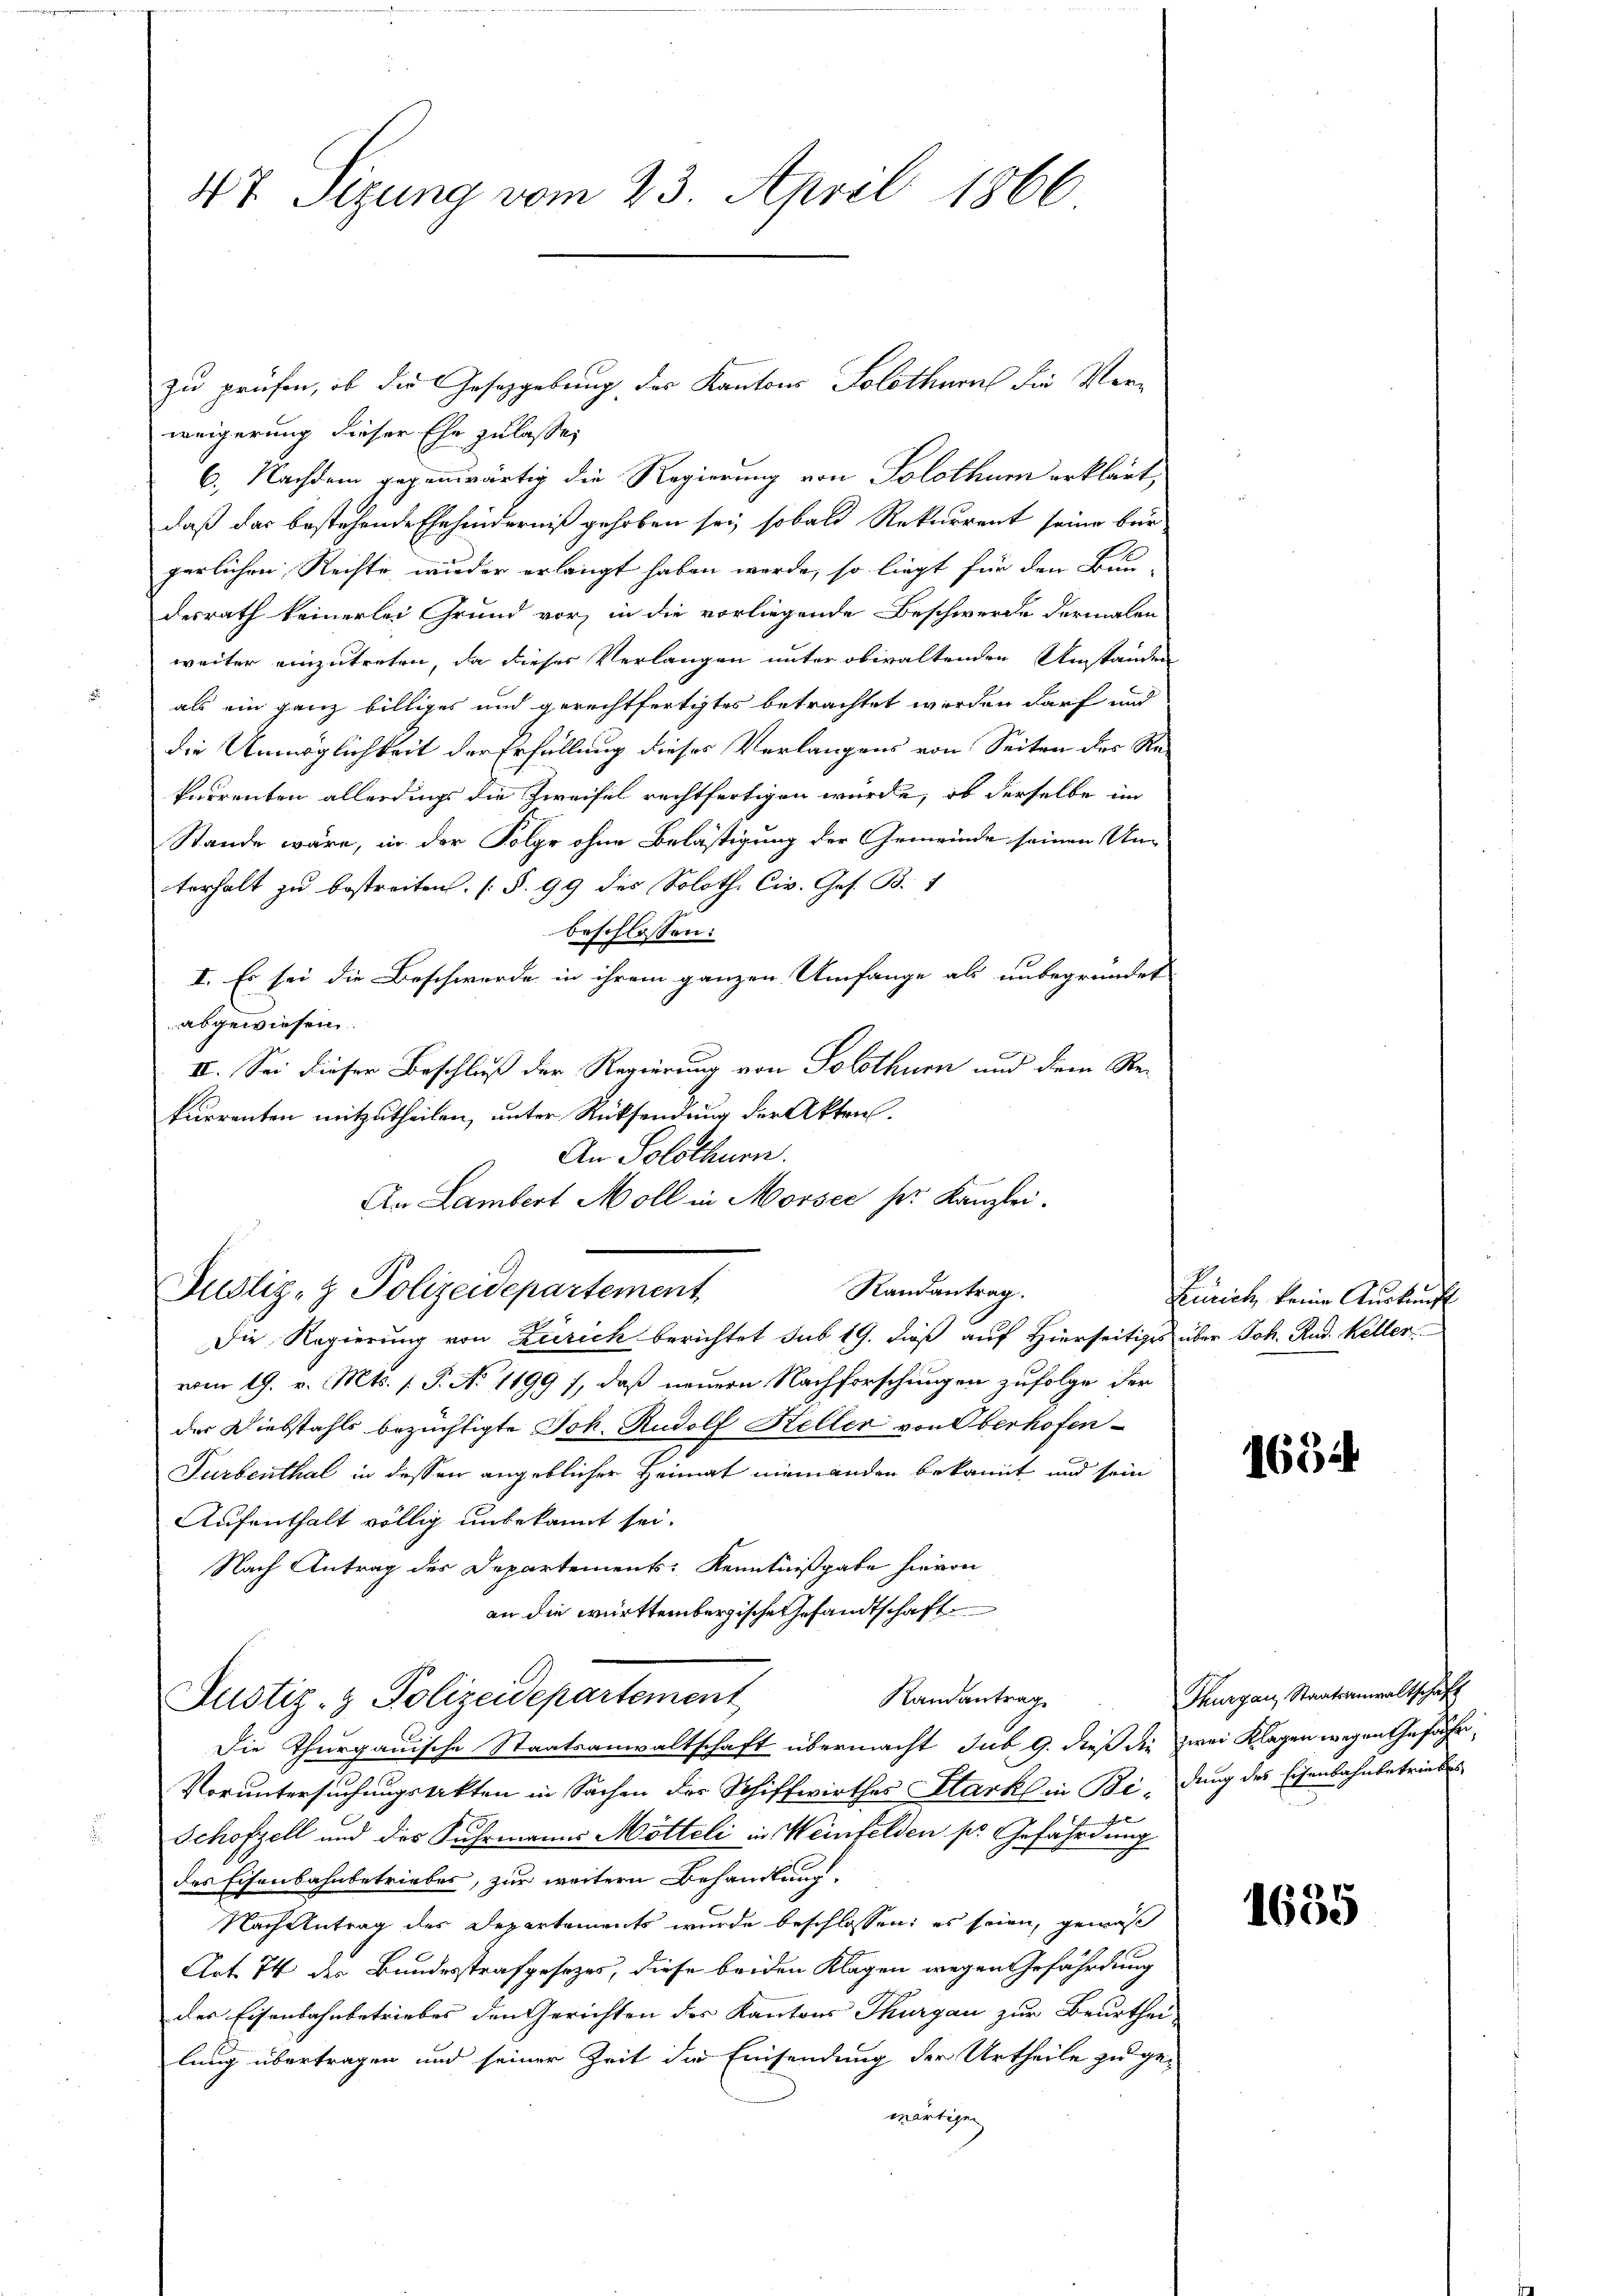
47 Sizung vom 23. April 1866

zu prüfen, ob die Gesetzgebung des Kantons Solothurn die Verweigerung dieser Ehe zu lasse,
6.) Nachdem gegenwärtig die Regierung von Solothur erklärt,
daß das bestehende Ehehinderniß gehoben sei, sobald Rekurrent seine bür
gerlichen Rechte wieder erlangt haben werde, so liegt für den Bau-
desrath keinerlei Grund vor, in die vorliegende Beschwerde dermalen
weiter einzutreten, da dieser Verlangen unter obwaltenden Umständen
als ein ganz billiges und gerechtfertigtes betrachtet werden darf und
die Unmöglichkeit der Erfüllung dieses Verlangens von Seiten des Rekurrenten allerdings die Zweifel rechtfertigen würde, ob derselbe im
Stande wäre, in der Folge ohne Belästigung der Gemeinde seinen Unterhalt zu bestreiten (§. 99 des Soloth. Civ. Ges. B.
beschlossen:
II. Es sei die Beschwerde in ihrem ganzen Umfange als unbegründet
abgewiesen.
II. Sei dieser Beschluß der Regierung von Solothurn und dem Re-
kurrenten mitzutheilen, unter Rücksendung der Akten.
An Solothurn.
An Lambert Moll in Morsee sr. Kanzlei.
Randantrag.
Justiz- & Polizeidepartement,
Die Regierung von Zürich berichtet sub 19. dieß auf Hierseitiges über Joh. Rud. Keller
vom 19. v. Mts. (T. No 1199), daß neuern Nachforschungen zufolge der
der Diebstahls bezüchtigte Joh. Rudolf Heller von Oberhofen-
Turbenthal in dessen angeblicher Heimat niemanden bekannt und sein
Aufenthalt völlig unbekannt sei.
Nach Antrag des Departements Kenntnißgabe hievon
an die württembergische Gesandtschaft
Randantrag
Justiz- & Polizeidepartement
Die Thurgauische Staatsanwaltschaft übermacht sub 9. dieß die zwei Klagen wegen Gefähr¬
Voruntersuchungsakten in Sachen der Schiffwirthes Marks in Bedung des Eisenbahnbetriebes
Schofzell und des Fuhrmanns Mötteli in Weinfelden sr. Gefährdung
des Eisenbahnbetriebes, zur weitern Behandlung
Nach Antrag des Departements wurde beschlossen: es seien, gemäß
Art. 74 der Bundesstrafgesezes, diese beiden Klagen wegen Gefährdung
des Eisenbahnbetriebes den Gerichten des Kantons Thurgau zur Beurthei-
lung übertragen und seiner Zeit die Einsendung der Urtheile zu ge-
wärtigen

Zürich, keine Auskunft

1654

Thurgau, Staatsanwaltschaft

1635